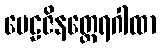
မေဠဇိနတ္ထေရဂါထာ